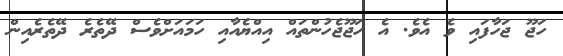
ހަޖޫ ޖަހާފައި ވެ އެވެ. އެ ހަޖޫޖެހުންތައް އިއްޔެއާއި ހަމައަށްވެސް ދޭތެރެ ދޭތެރެއިން